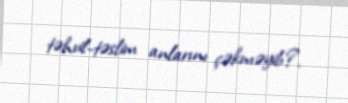
təhvil-təslim anlarını çəkməyib?.